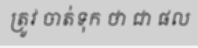
ត្រូវ ចាត់ទុក ថា ជា ផល